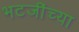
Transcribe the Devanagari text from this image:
भटजींच्या